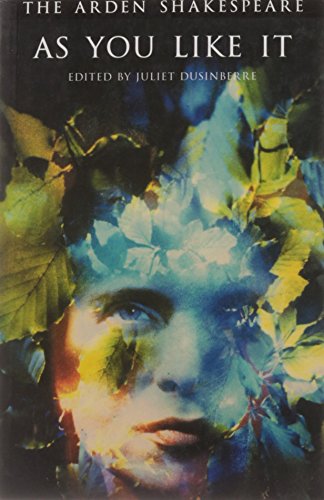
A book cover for As You Like It (Arden Shakespeare: Third Series); William Shakespeare; Literature & Fiction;